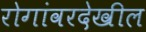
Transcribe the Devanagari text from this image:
रोगांवरदेखील